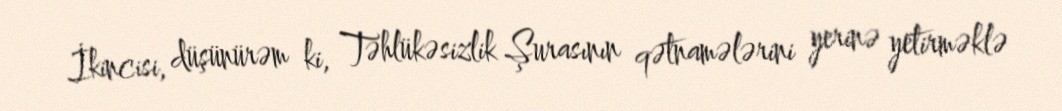
İkincisi, düşünürəm ki, Təhlükəsizlik Şurasının qətnamələrini yerinə yetirməklə